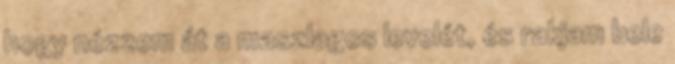
hogy nézzem át a maszlagos levelét, és rakjam bele